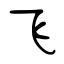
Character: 飞